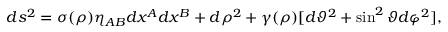
d s ^ { 2 } = \sigma ( \rho ) \eta _ { A B } d x ^ { A } d x ^ { B } + d \rho ^ { 2 } + \gamma ( \rho ) [ d \vartheta ^ { 2 } + \sin ^ { 2 } { \vartheta } d \varphi ^ { 2 } ] ,